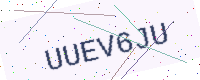
Text: UUEV6JU